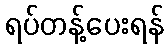
ရပ်တန့်ပေးရန်